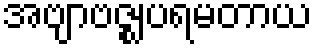
အဗျာဗဇ္ဈပရမတာယ